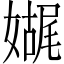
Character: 𫱬